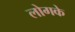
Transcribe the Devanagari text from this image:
लोगके